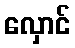
လှောင်